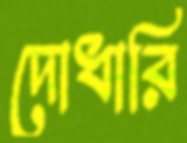
দোধারি